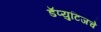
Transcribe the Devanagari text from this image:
डॅप्युटिजचे